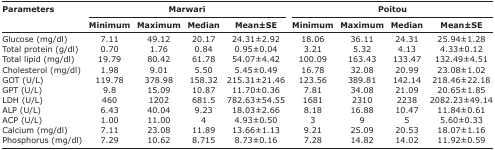
<table><thead><tr><td rowspan="3"><b>Parameters</b></td><td colspan="4"><b>Marwari</b></td><td colspan="4"><b>Poitou</b></td></tr><tr><td><b>Minimum</b></td><td><b>Maximum</b></td><td><b>Median</b></td><td><b>Mean±SE</b></td><td><b>Minimum</b></td><td><b>Maximum</b></td><td><b>Median</b></td><td><b>Mean±SE</b></td></tr></thead><tbody><tr><td>Glucose (mg/dl)</td><td>7.11</td><td>49.12</td><td>20.17</td><td>24.31±2.92</td><td>18.06</td><td>36.11</td><td>24.31</td><td>25.94±1.28</td></tr><tr><td>Total protein (g/dl)</td><td>0.70</td><td>1.76</td><td>0.84</td><td>0.95±0.04</td><td>3.21</td><td>5.32</td><td>4.13</td><td>4.33±0.12</td></tr><tr><td>Total lipid (mg/dl)</td><td>19.79</td><td>80.42</td><td>61.78</td><td>54.07±4.42</td><td>100.09</td><td>163.43</td><td>133.47</td><td>132.49±4.51</td></tr><tr><td>Cholesterol (mg/dl)</td><td>1.98</td><td>9.01</td><td>5.50</td><td>5.45±0.49</td><td>16.78</td><td>32.08</td><td>20.99</td><td>23.08±1.02</td></tr><tr><td>GOT (U/L)</td><td>119.78</td><td>378.98</td><td>158.32</td><td>215.31±21.46</td><td>123.56</td><td>389.81</td><td>142.14</td><td>218.46±22.18</td></tr><tr><td>GPT (U/L)</td><td>9.8</td><td>15.09</td><td>10.87</td><td>11.70±0.36</td><td>7.81</td><td>34.08</td><td>21.09</td><td>20.65±1.85</td></tr><tr><td>LDH (U/L)</td><td>460</td><td>1202</td><td>681.5</td><td>782.63±54.55</td><td>1681</td><td>2310</td><td>2238</td><td>2082.23±49.14</td></tr><tr><td>ALP (U/L)</td><td>6.43</td><td>40.04</td><td>9.23</td><td>18.03±2.66</td><td>8.18</td><td>16.88</td><td>10.47</td><td>11.84±0.61</td></tr><tr><td>ACP (U/L)</td><td>1.00</td><td>11.00</td><td>4</td><td>4.93±0.50</td><td>3</td><td>9</td><td>5</td><td>5.60±0.33</td></tr><tr><td>Calcium (mg/dl)</td><td>7.11</td><td>23.08</td><td>11.89</td><td>13.66±1.13</td><td>9.21</td><td>25.09</td><td>20.53</td><td>18.07±1.16</td></tr><tr><td>Phosphorus (mg/dl)</td><td>7.29</td><td>10.62</td><td>8.715</td><td>8.73±0.16</td><td>7.28</td><td>14.82</td><td>14.02</td><td>11.92±0.59</td></tr></tbody></table>